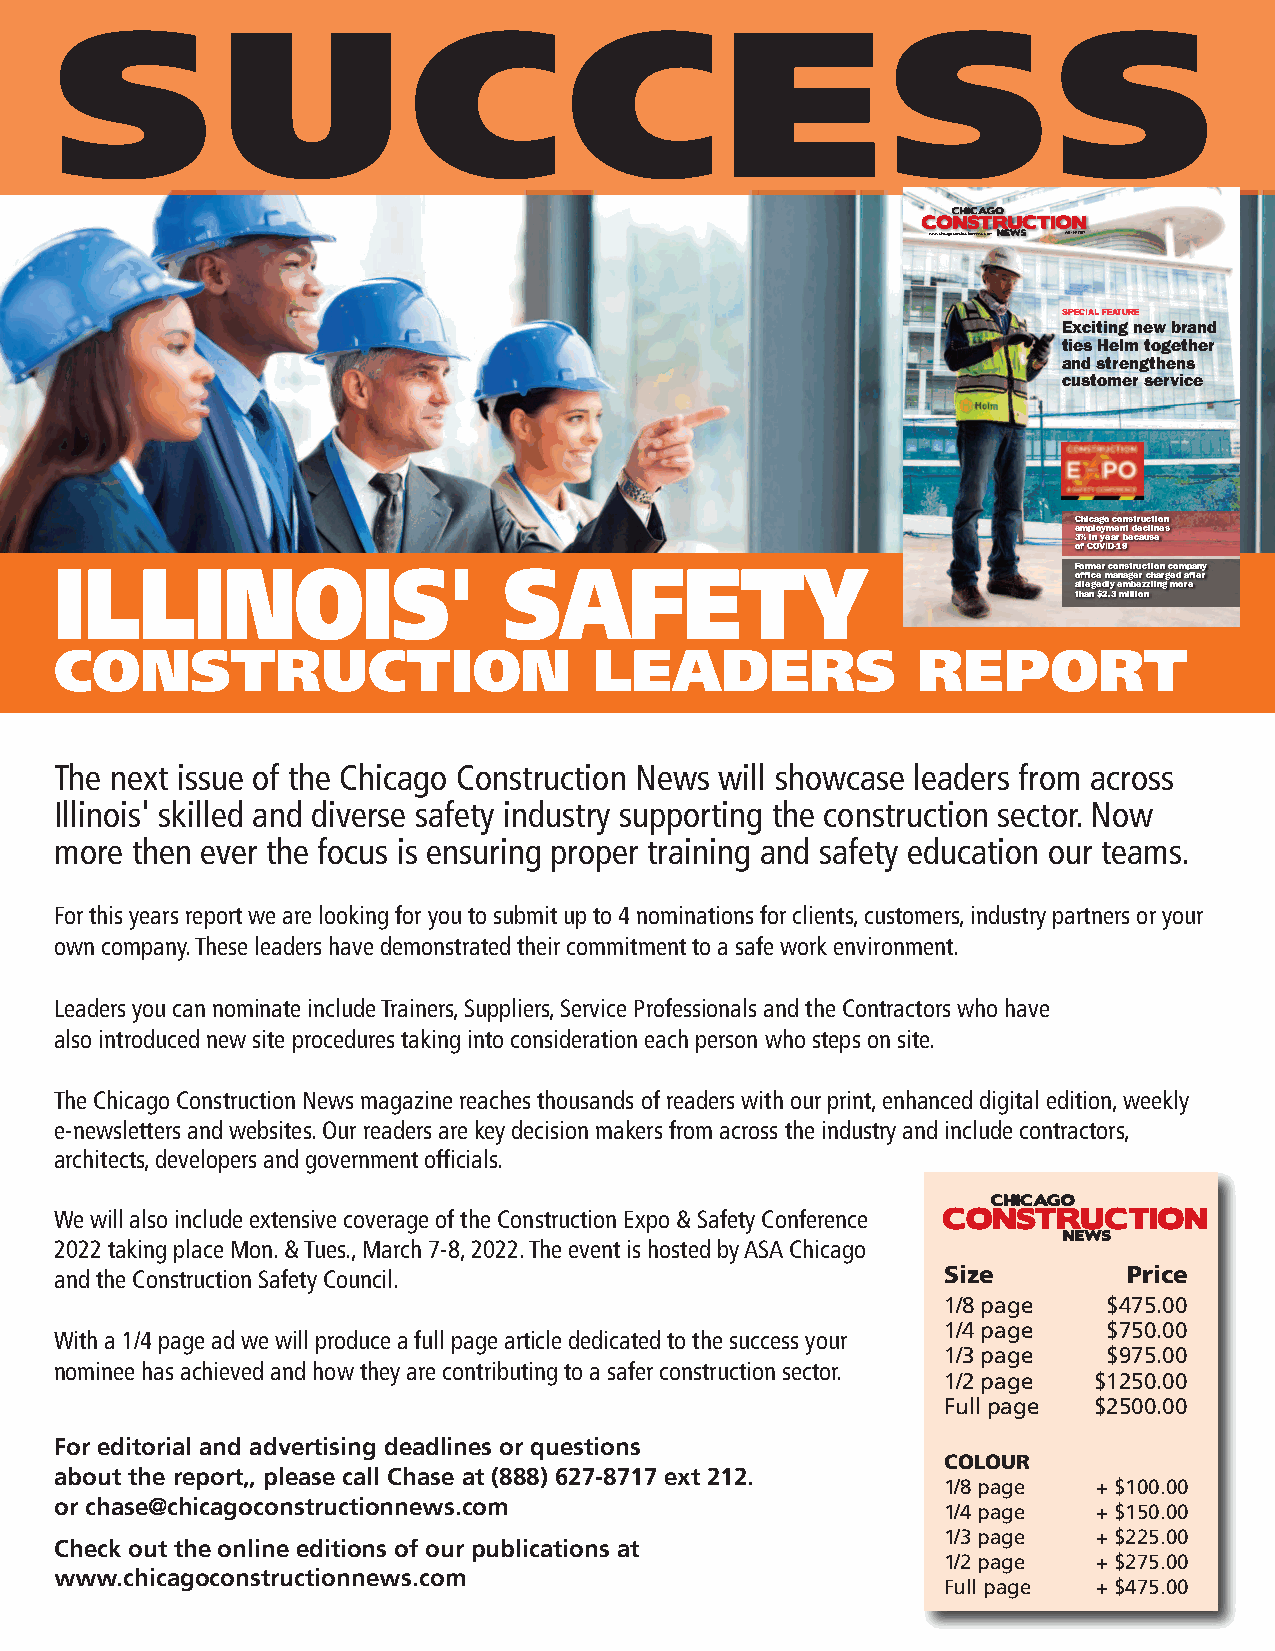
S          U           C          C         E          S          S
 www.chicagoconstructionnews.com WINTER 2021
 SPECIAL FEATURE
 Exciting new brand
 ties Helm together
 and strengthens
 customer service
 Chicago construction
 employment declines
 3% in year because
 of COVID-19
 ILLINOIS'                    SAFETY                                Former construction company
 office manager charged after
 allegedly embezzling more
 than $2.3 million
 CONSTRUCTION                       LEADERS               REPORT
 The next issue of the Chicago Construction News will showcase leaders from across
 Illinois' skilled and diverse safety industry supporting the construction sector. Now
 more then ever the focus is ensuring proper training and safety education our teams.
 For this years report we are looking for you to submit up to 4 nominations for clients, customers, industry partners or your
 own company. These leaders have demonstrated their commitment to a safe work environment.
 Leaders you can nominate include Trainers, Suppliers, Service Professionals and the Contractors who have
 also introduced new site procedures taking into consideration each person who steps on site.
 The Chicago Construction News magazine reaches thousands of readers with our print, enhanced digital edition, weekly
 e-newsletters and websites. Our readers are key decision makers from across the industry and include contractors,
 architects, developers and government officials.
 We will also include extensive coverage of the Construction Expo & Safety Conference
 2022 taking place Mon. & Tues., March 7-8, 2022. The event is hosted by ASA Chicago
 and the Construction Safety Council.                      Size         Price
 1/8 page   $475.00
 1/4 page   $750.00
 With a 1/4 page ad we will produce a full page article dedicated to the success your
 1/3 page   $975.00
 nominee has achieved and how they are contributing to a safer construction sector.
 1/2 page  $1250.00
 Full page $2500.00
 For editorial and advertising deadlines or questions
 COLOUR
 about the report,, please call Chase at (888) 627-8717 ext 212.
 1/8 page   + $100.00
 or chase@chicagoconstructionnews.com
 1/4 page   + $150.00
 1/3 page   + $225.00
 Check out the online editions of our publications at
 1/2 page   + $275.00
 www.chicagoconstructionnews.com
 Full page  + $475.00